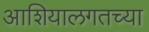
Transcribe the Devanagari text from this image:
आशियालगतच्या